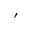
'